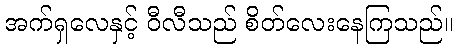
အက်ရှလေနှင့် ဝီလီသည် စိတ်လေးနေကြသည်။